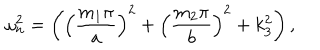
LaTeX: \omega _ { n } ^ { 2 } = \left( \left( \frac { m _ { 1 } \pi } { a } \right) ^ { 2 } + \left( \frac { m _ { 2 } \pi } { b } \right) ^ { 2 } + k _ { 3 } ^ { 2 } \right) ,